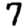
Digit: 7